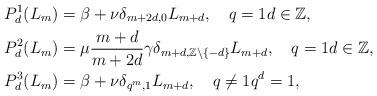
LaTeX: \begin{align*}&P_d^{1}(L_m) =\beta+\nu\delta_{m+2d,0}L_{m+d},\quad q=1 d\in\mathbb{Z},\\&P_d^{2}(L_m) =\mu\frac{m+d}{m+2d}\gamma \delta_{m+d,\mathbb{Z}\setminus\{-d\}}L_{m+d},\quad q=1 d\in\mathbb{Z},\\&P_d^{3}(L_m) =\beta+\nu\delta_{q^{m},1}L_{m+d},\quad q\neq 1 q^d=1, \end{align*}